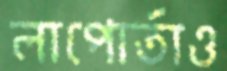
লাপোর্তাও